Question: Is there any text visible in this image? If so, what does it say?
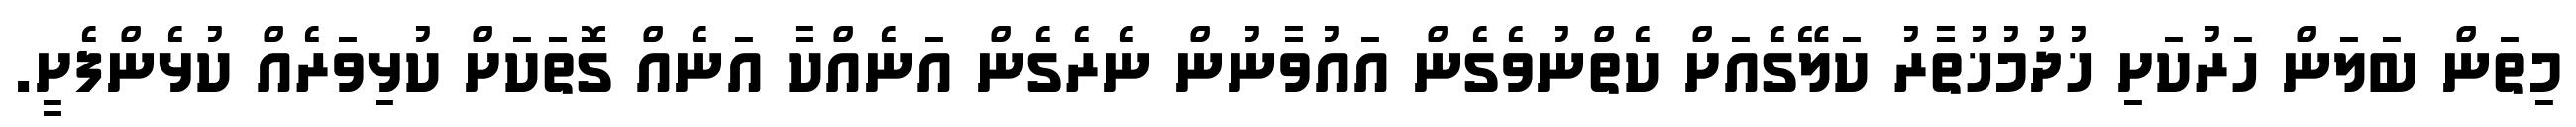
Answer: މިތަން ބަލަން ހަރުކަށި ޚުދުމުޚުތާރު ކަލޭގެއަށް ކެތްނުވެގެން އައުވާނުން ނެރެގެން އަނެއްކާ އަނެއް ގޮތަކަށް ކުޅިވަރެއް ކުޅެންފެށީ.